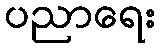
ပညာရေး